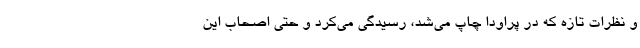
و نظرات تازه که در پراودا چاپ می‌شد، رسیدگی می‌کرد و حتی اصحاب این